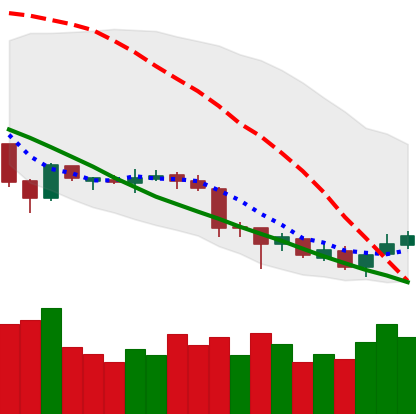
Ticker: XLM-USD
Chart end date: 2018-07-01
Forward return: 3.932%
Label: up_3_5